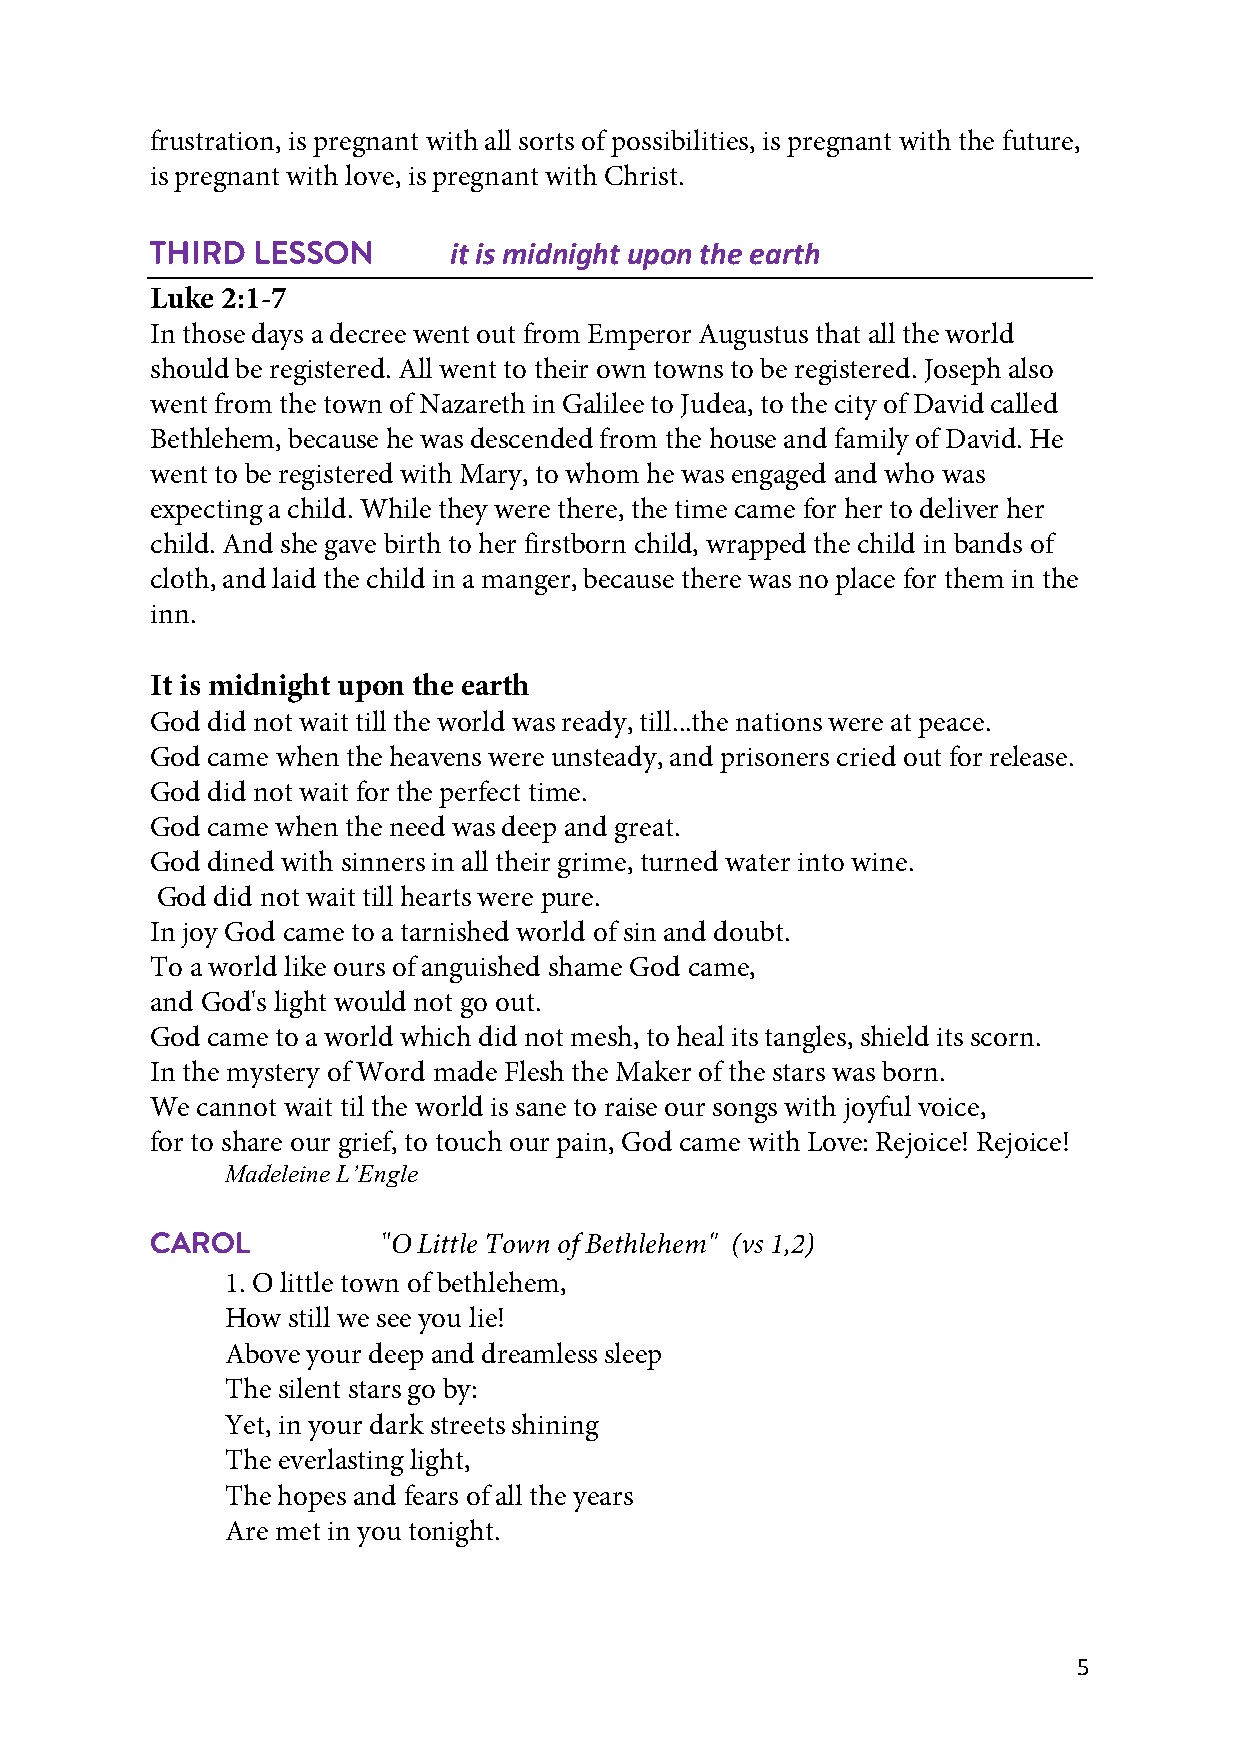
frustration, is pregnant with all sorts of possibilities, is pregnant with the future,
 is pregnant with love, is pregnant with Christ.
 THIRD  LESSON       it is midnight upon the earth
 Luke 2:1-7
 In those days a decree went out from Emperor Augustus that all the world
 should be registered. All went to their own towns to be registered. Joseph also
 went from the town of Nazareth in Galilee to Judea, to the city of David called
 Bethlehem, because he was descended from the house and family of David. He
 went to be registered with Mary, to whom he was engaged and who was
 expecting a child. While they were there, the time came for her to deliver her
 child. And she gave birth to her firstborn child, wrapped the child in bands of
 cloth, and laid the child in a manger, because there was no place for them in the
 inn.
 It is midnight upon the earth
 God did not wait till the world was ready, till...the nations were at peace.
 God came when the heavens were unsteady, and prisoners cried out for release.
 God did not wait for the perfect time.
 God came when the need was deep and great.
 God dined with sinners in all their grime, turned water into wine.
 God did not wait till hearts were pure.
 In joy God came to a tarnished world of sin and doubt.
 To a world like ours of anguished shame God came,
 and God's light would not go out.
 God came to a world which did not mesh, to heal its tangles, shield its scorn.
 In the mystery of Word made Flesh the Maker of the stars was born.
 We cannot wait til the world is sane to raise our songs with joyful voice,
 for to share our grief, to touch our pain, God came with Love: Rejoice! Rejoice!
 Madeleine L’Engle
 CAROL          "O Little Town of Bethlehem" (vs 1,2)
 1. O little town of bethlehem,
 How still we see you lie!
 Above your deep and dreamless sleep
 The silent stars go by:
 Yet, in your dark streets shining
 The everlasting light,
 The hopes and fears of all the years
 Are met in you tonight.
 5